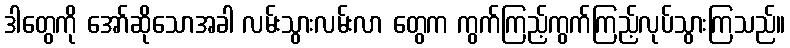
ဒါတွေကို အော်ဆိုသောအခါ လမ်းသွားလမ်းလာ တွေက ကွက်ကြည့်ကွက်ကြည့်လုပ်သွားကြသည်။